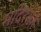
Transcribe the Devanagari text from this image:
मदिरेसह